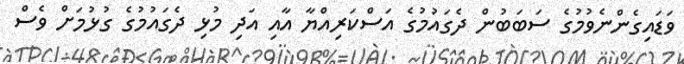
ވަޑައިގެންނެވުމުގެ ސަބަބުން ދެގައުމުގެ އަސްކަރިއްޔާ އާއި އަދި މުޅި ދެގައުމުގެ ގުޅުމަށް ވެސް